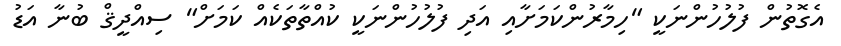
އެގޮތުން ފުލުހުންނަކީ "ހިމާރުންކަމަށާއި އަދި ފުލުހުންނަކީ ކުއްތާތަކެއް ކަމަށް" ސިއްދީޤް ބުނާ އަޑު